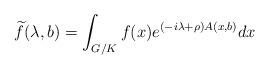
LaTeX: \begin{align*} \widetilde{f}(\lambda,b) = \int_{G/K} f(x) e^{(-i\lambda+\rho)A(x,b)} dx \end{align*}